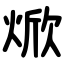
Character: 焮